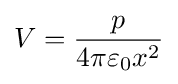
V={\frac {p}{4\pi \varepsilon _{0}x^{2}}}